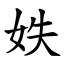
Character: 妷